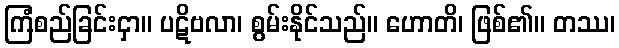
ကြံစည်ခြင်းငှာ။ ပဋိဗလာ၊ စွမ်းနိုင်သည်။ ဟောတိ၊ ဖြစ်၏။ တဿ၊